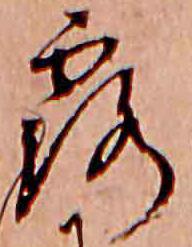
露